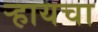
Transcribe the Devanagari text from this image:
र्‍हायचा